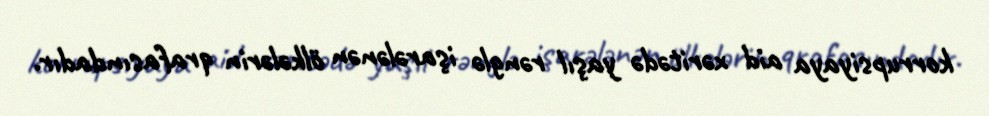
korrupsiyaya aid xəritədə yaşıl rənglə işarələnən ölkələrin qrafasındadır.